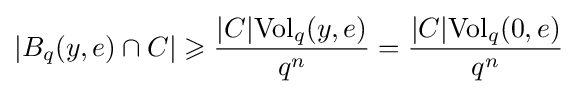
|B_{q}(y,e)\cap C|\geqslant {{|C|{\text{Vol}}_{q}(y,e)} \over {q^{n}}}={{|C|{\text{Vol}}_{q}(0,e)} \over {q^{n}}}